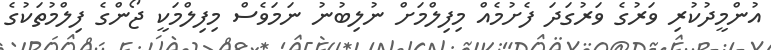
އުންމީދުކުރި ވަރުގެ ވަރުގަދަ ފެށުމެއް މިފިލްމަށް ނުލިބުނު ނަމަވެސް މިފިލްމަކީ ޖޯންގެ ފިލްމުތަކުގެ